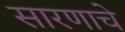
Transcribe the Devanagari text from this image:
सारणाचे